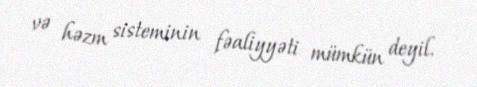
və həzm sisteminin fəaliyyəti mümkün deyil.